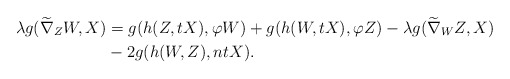
\begin{align*}\lambda g(\widetilde\nabla_{Z}W, X) &= g(h(Z,tX), \varphi W)+g(h(W, tX), \varphi Z)-\lambda g(\widetilde\nabla_{W}Z, X) \\ &-2g(h(W,Z), ntX). \end{align*}